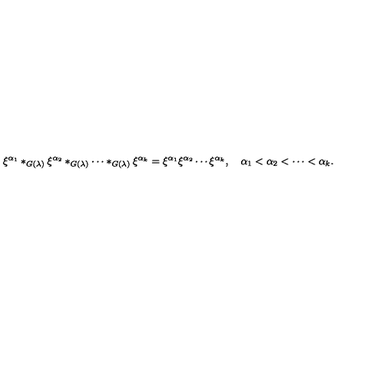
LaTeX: \xi ^ { \alpha _ { 1 } } * _ { G ( \lambda ) } \xi ^ { \alpha _ { 2 } } * _ { G ( \lambda ) } \cdots * _ { G ( \lambda ) } \xi ^ { \alpha _ { k } } = \xi ^ { \alpha _ { 1 } } \xi ^ { \alpha _ { 2 } } \cdots \xi ^ { \alpha _ { k } } , \quad \alpha _ { 1 } < \alpha _ { 2 } < \cdots < \alpha _ { k } .